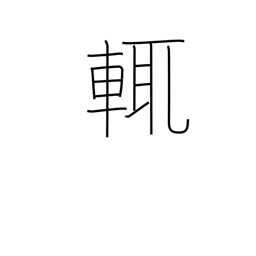
Meaning: i.e.